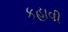
કહાવી